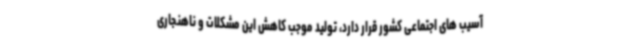
آسیب های اجتماعی کشور قرار دارد، تولید موجب کاهش این مشکلات و ناهنجاری